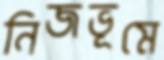
নিজভূমে